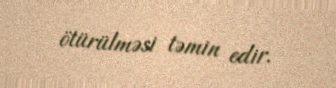
ötürülməsi təmin edir.